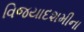
વિજયાદશમીના